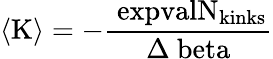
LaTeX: \langle\mathrm{{K}\rangle=-\frac{\ expval{N_{\mathrm{{kinks}}}}}{\Delta\ beta}}